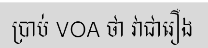
ប្រាប់ VOA ថា វាជារឿង